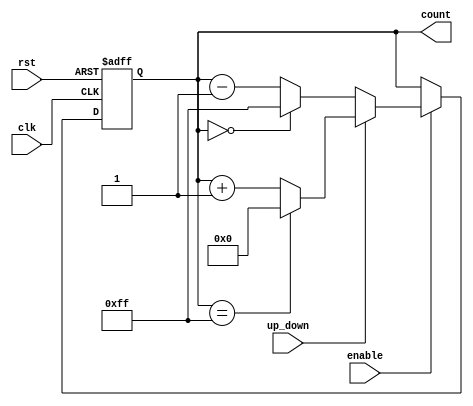
module UpDownCounter (
    input wire clk,
    input wire rst,
    input wire up_down,
    input wire enable,
    output reg [7:0] count
);

always @(posedge clk or posedge rst) begin
    if (rst) begin
        count <= 8'b00000000;
    end else begin
        if (enable) begin
            if (up_down) begin
                if (count == 8'b11111111) begin
                    count <= 8'b00000000;
                end else begin
                    count <= count + 1;
                end
            end else begin
                if (count == 8'b00000000) begin
                    count <= 8'b11111111;
                end else begin
                    count <= count - 1;
                end
            end
        end
    end
end

endmodule